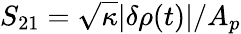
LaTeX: S_{21}=\sqrt{\kappa}|\delta\rho(t)|/A_{p}